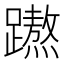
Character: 𮜡